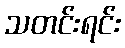
သတင်းရင်း